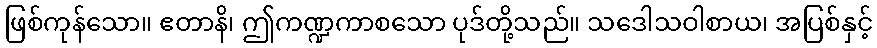
ဖြစ်ကုန်သော။ ဧတာနိ၊ ဤကဏ္ဍကာစသော ပုဒ်တို့သည်။ သဒေါသဝါစာယ၊ အပြစ်နှင့်